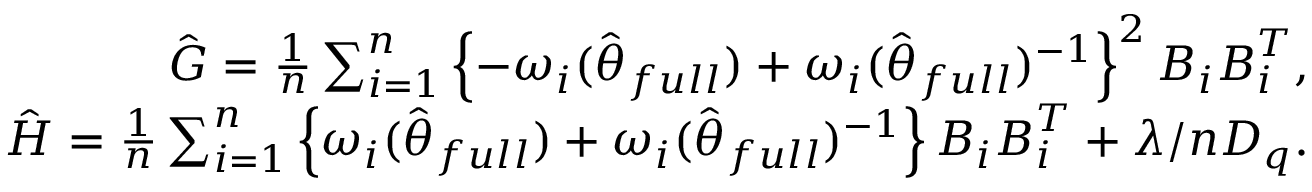
\begin{array} { r l r } & { } & { \hat { \boldsymbol { G } } = \frac { 1 } { n } \sum _ { i = 1 } ^ { n } \left\{ - \omega _ { i } ( \hat { \boldsymbol { \theta } } _ { f u l l } ) + \omega _ { i } ( \hat { \boldsymbol { \theta } } _ { f u l l } ) ^ { - 1 } \right\} ^ { 2 } \boldsymbol { B } _ { i } \boldsymbol { B } _ { i } ^ { T } , } \\ & { } & { \hat { \boldsymbol { H } } = \frac { 1 } { n } \sum _ { i = 1 } ^ { n } \left\{ \omega _ { i } ( \hat { \boldsymbol { \theta } } _ { f u l l } ) + \omega _ { i } ( \hat { \boldsymbol { \theta } } _ { f u l l } ) ^ { - 1 } \right\} \boldsymbol { B } _ { i } \boldsymbol { B } _ { i } ^ { T } + \lambda / n \boldsymbol { D } _ { q } . } \end{array}